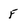
Character: F